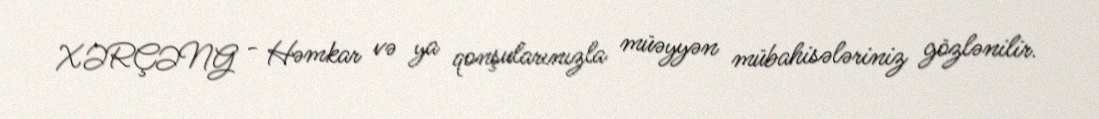
XƏRÇƏNG - Həmkar və ya qonşularınızla müəyyən mübahisələriniz gözlənilir.